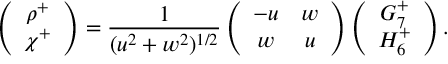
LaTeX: \left( \begin{array} { c } { { \rho ^ { + } } } \\ { { \chi ^ { + } } } \end{array} \right) = \frac { 1 } { ( u ^ { 2 } + w ^ { 2 } ) ^ { 1 / 2 } } \left( \begin{array} { c c } { { - u } } & { { w } } \\ { { w } } & { { u } } \end{array} \right) \left( \begin{array} { c } { { G _ { 7 } ^ { + } } } \\ { { H _ { 6 } ^ { + } } } \end{array} \right) .